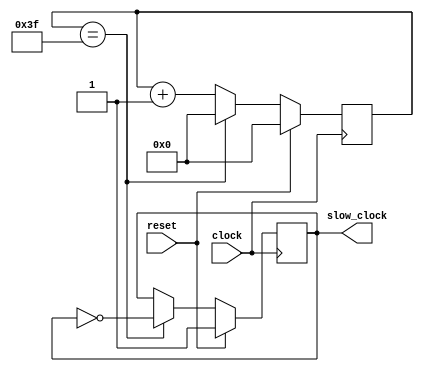
`timescale 1ns / 1ps
//////////////////////////////////////////////////////////////////////////////////
// Company: 
// Engineer: 
// 
// Design Name: 
// Module Name: clock_200khz
// Project Name: 
// Target Devices: 
// Tool Versions: 
// Description: 
// 
// Dependencies: 
// 
// Revision:
// Revision 0.01 - File Created
// Additional Comments:
// 
//////////////////////////////////////////////////////////////////////////////////

module clock_200khz   (input reset, input clock, output reg slow_clock);
    //assume incoming signal is 25 mhz, so we need to slow clock down by 12.5*100
    //every 250 posedges of clock we will toggle slow_clock state
    reg [7:0] count=0;
    always @(posedge clock)begin
        if (reset) begin
            count <=0;
            slow_clock <=1;
        end else begin
            if (count ==63)begin
                count <=0;
                slow_clock <= !slow_clock;
            end else begin
                count <= count +1;
            end
        end
    end
endmodule